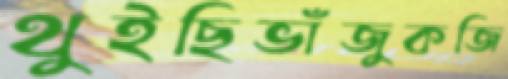
থুইছিভাঁজুকজি